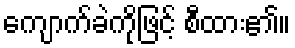
ကျောက်ခဲကိုဖြင့် စီထား၏။